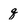
Character: q